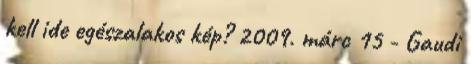
kell ide egészalakos kép? 2009. márc 15 - Gaudi